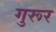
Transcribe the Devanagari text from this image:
गुरूर